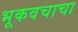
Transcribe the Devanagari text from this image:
भूकवचाचा